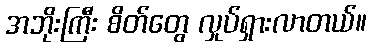
အဘိုးကြီး စိတ်တွေ လှုပ်ရှားလာတယ်။